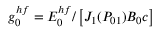
g _ { 0 } ^ { h f } = E _ { 0 } ^ { h f } / \left[ J _ { 1 } ( P _ { 0 1 } ) B _ { 0 } c \right]